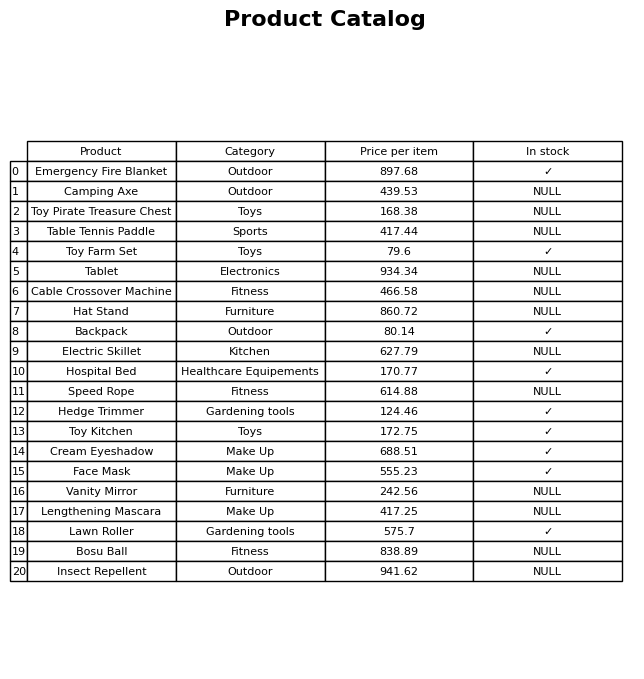
question: Is the Hedge Trimmer in stock?
answer: ✓